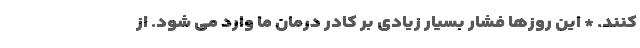
کنند. * این روزها فشار بسیار زیادی بر کادر درمان ما وارد می شود. از